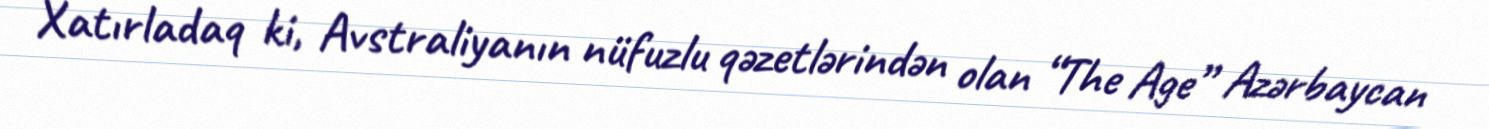
Xatırladaq ki, Avstraliyanın nüfuzlu qəzetlərindən olan “The Age” Azərbaycan